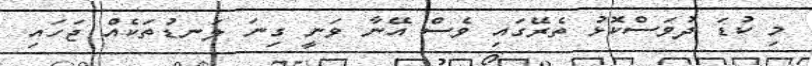
މި ކުޑަ ދުވަސްކޮޅު ތެރޭގައި ވެސް އޭނާ ވަނީ ގިނަ ލަނޑުތަކެއް ޖަހައި